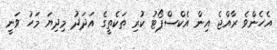
އެހެންވެ ރާއްޖެ އިން އެކްސްޕޯޓު ކުރި ތަކެތީގެ އަދަދު މިދިޔަ މަހު ވަނީ